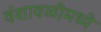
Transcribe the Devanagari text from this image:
वंशावळीमध्ये